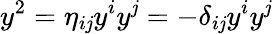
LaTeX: y^{2}=\eta_{i\mathit{j}}y^{i}y^{\mathit{j}}=-\delta_{i\mathit{j}}y^{i}y^{\mathit{j}}